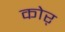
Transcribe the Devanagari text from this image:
कोर्